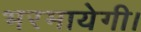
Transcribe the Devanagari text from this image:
भरमायेगी।